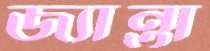
জ্যান্তা